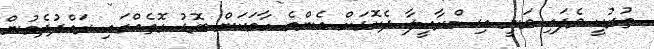
ތުރުކީ ވެފައި ވަނީ އިސްރާއީލާ ދެކޮޅަށް އެންމެ ހާމަކަން ބޮޑު ގޮތެއްގައި ރައްދުދެމުން